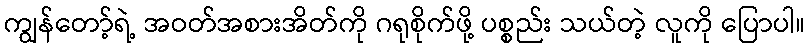
ကျွန်တော့်ရဲ့ အဝတ်အစားအိတ်ကို ဂရုစိုက်ဖို့ ပစ္စည်း သယ်တဲ့ လူကို ပြောပါ။